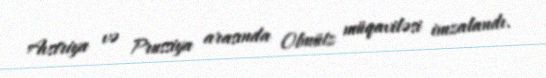
Avstriya və Prussiya arasında Olmütz müqaviləsi imzalandı.